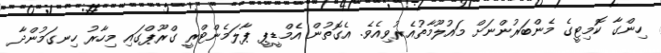
ހިންގާ ކޮމިޓީގެ މެންބަރުންނަށް މައުލޫމާތުއެރުވިއެވެ. އެގޮތުން އެމްޑީޕީ ޕާލަމެންޓްރީ ގްރޫޕްގައި މިހާރު ހިނގަމުންދާ